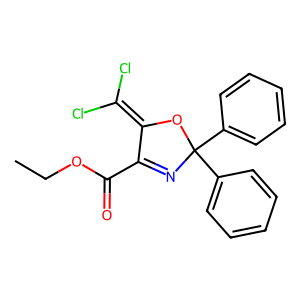
SMILES: CCOC(=O)C1=NC(c2ccccc2)(c2ccccc2)OC1=C(Cl)Cl
Inhibits HIV replication: No